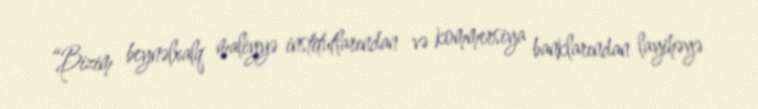
“Bizim beynəlxalq maliyyə institutlarından və kommersiya banklarından layihəyə